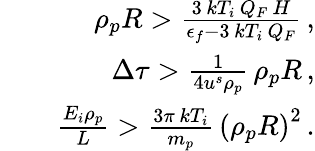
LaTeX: \begin{array}{rlr}&{}&{\rho_{p}R>\frac{3\, kT_{i}\, Q_{F}\, H}{\epsilon_{f}-3\, kT_{i}\, Q_{F}}\, ,}\\ &{}&{\Delta\tau>\frac{1}{4u^{s}\rho_{p}}\, \rho_{p}R\, ,}\\ &{}&{\frac{E_{i}\rho_{p}}{L}>\frac{3\pi\, kT_{i}}{m_{p}}\, \left(\rho_{p}R\right)^{2}\, .}\end{array}